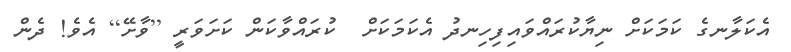
އެކަލާނގެ ކަމަކަށް ނިޔާކުރައްވައިފިހިނދު އެކަމަކަށް  ކުރައްވާކަން ކަށަވަރީ [ވާށޭ] އެވެ! ދެން